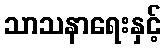
သာသနာရေးနှင့်